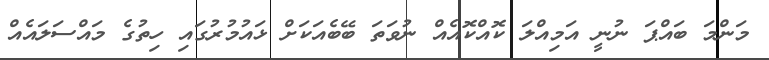
މަންމަ ބައްޕަ ނުނީ އަމިއްލަ ކޮއްކޮއެއް ނުވަތަ ބޭބެއަކަށް ޅައުމުރުގައި ހިތުގެ މައްސަލައެއް